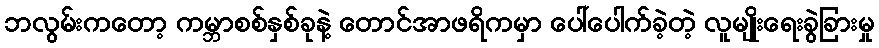
ဘလွမ်းကတော့ ကမ္ဘာစစ်နှစ်ခုနဲ့ တောင်အာဖရိကမှာ ပေါ်ပေါက်ခဲ့တဲ့ လူမျိုးရေးခွဲခြားမှု